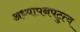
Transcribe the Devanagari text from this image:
अध्यापनपटुत्व